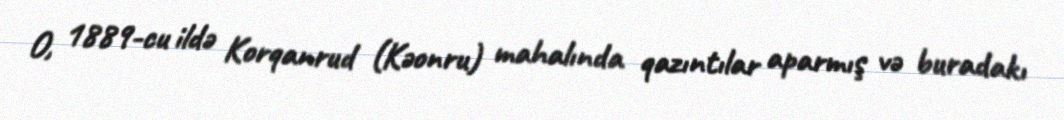
O, 1889-cu ildə Korqanrud (Kəonru) mahalında qazıntılar aparmış və buradakı